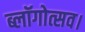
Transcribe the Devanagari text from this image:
ब्लॉगोत्सव।